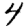
Digit: 4